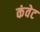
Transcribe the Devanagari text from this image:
कंवेट